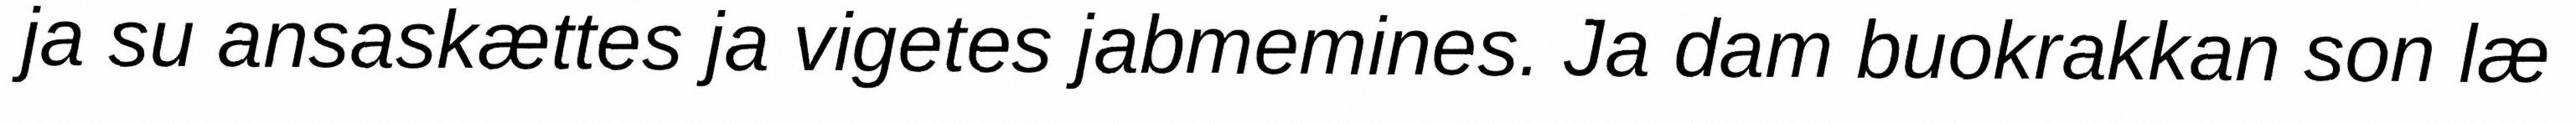
ja su ansaskættes ja vigetes jabmemines. Ja dam buokrakkan son læ